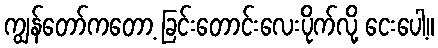
ကျွန်တော်ကတော့ ခြင်းတောင်းလေးပိုက်လို့ ငေးပေါ့။